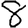
Digit: 8